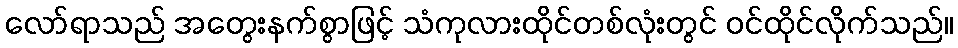
လော်ရာသည် အတွေးနက်စွာဖြင့် သံကုလားထိုင်တစ်လုံးတွင် ဝင်ထိုင်လိုက်သည်။